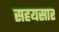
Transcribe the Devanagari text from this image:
सहयसार